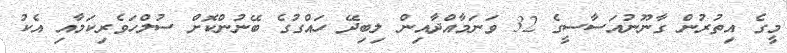
މީގެ އިތުރުން ގާނޫނުއަސާސީގެ 32 ވަނަމާއްދާއިން ލިބިދޭ ހައްގުގެ ބޭނުންކޮށް ސުލްހަވެރިކަމާއި އެކު